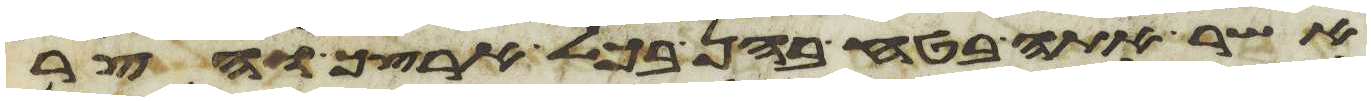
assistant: אשר אתה בטח בהן בכל ארצך והצר